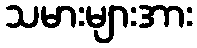
သမားများအား